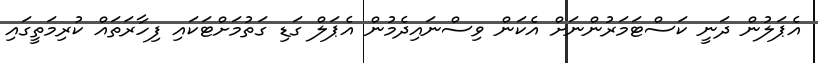
އެޕަލުން ދަނީ ކަސްޓަމަރުންނަށް އެކަން ވިސްނައިދެމުން އެޕަލް ގަޑި ގަތުމަށްޓަކައި ފިހާރަތައް ކުރިމަތީގައި